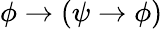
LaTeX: \phi\to(\psi\to\phi)